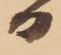
日